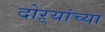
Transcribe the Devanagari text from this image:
दोऱ्यांच्या